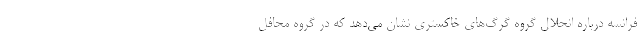
فرانسه درباره انحلال گروه گرگ‌های خاکستری نشان می‌دهد که در گروه محافل